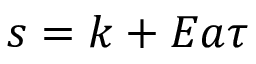
s = k + E a \tau